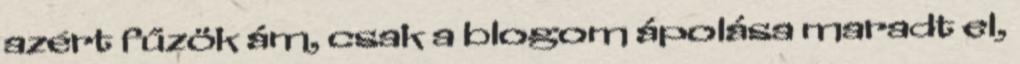
azért fűzök ám, csak a blogom ápolása maradt el,